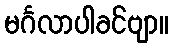
မင်္ဂလာပါခင်ဗျာ။